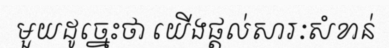
មួយដូច្នេះថា យើងផ្តល់សារៈសំខាន់